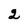
Character: 2